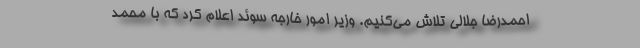
احمدرضا جلالی تلاش می‌کنیم. وزیر امور خارجه سوئد اعلام کرد که با محمد